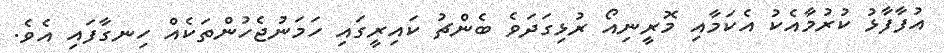
އުފާފާޅު ކުރުމާއެކު އެކަމާއި މޮރީނިއޯ ރުޅިގަދަވެ ބެންޗު ކައިރީގައި ހަމަނުޖެހުންތަކެއް ހިނގާފައި އެވެ.